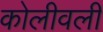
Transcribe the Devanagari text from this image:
कोलीवली